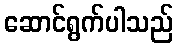
ဆောင်ရွက်ပါသည်